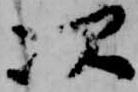
次